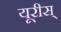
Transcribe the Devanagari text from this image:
यूरीस्